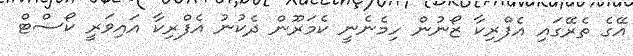
އޭގެ ތެރޭގައި އެފްރިކާ ޒޯނުން ހިމެނެނީ ކެމަރޫން ދެކުނު އެފްރިކާ އައިވަރީ ކޯސްޓް